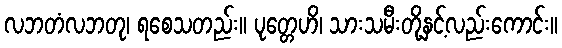
လဘတံလဘတု၊ ရစေသတည်း။ ပုတ္တေဟိ၊ သားသမီးတို့နှင့်လည်းကောင်း။